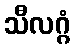
သီလဂ္ဂံ